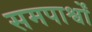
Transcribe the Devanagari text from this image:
समपार्श्वों